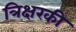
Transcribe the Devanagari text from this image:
त्रिक्षरकी